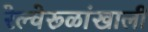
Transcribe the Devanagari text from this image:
रेल्वेरूळांखाली